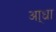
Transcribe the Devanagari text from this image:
आ्ध्रा